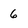
Character: 6